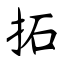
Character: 拓